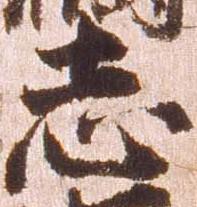
志